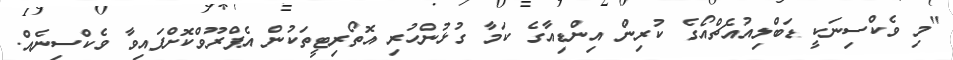
"މި ވެކްސިނަކީ ޑަބްލިއުއެޗްއޯގެ ކުރިން އިންޑިއާގެ ކަމާ ގުޅުންހުރި އޮތޯރިޓީތަކުން އެޕްރޫވްކޮށްފައިވާ ވެކްސިނެއް.